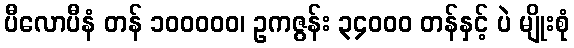
ပီလောပီနံ တန် ၁၀၀၀၀၀၊ ဥကဇွန်း ၃၄၀၀၀ တန်နှင့် ပဲ မျိုးစုံ